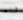
انه